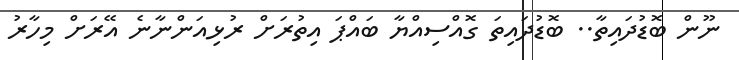
ނޫން ބޮޑުދައިތާ.. ބޮޑުދައިތަ ގޮއްސިއްޔާ ބައްޕަ އިތުރަށް ރުޅިއަންނާނެ އޭރަށް މިހާރު